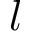
l